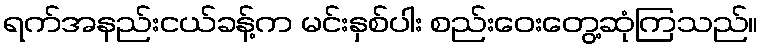
ရက်အနည်းငယ်ခန့်က မင်းနှစ်ပါး စည်းဝေးတွေ့ဆုံကြသည်။